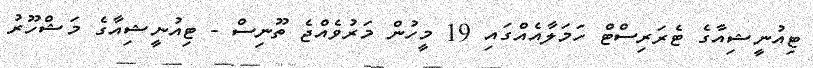
ޓިއުނީޝިއާގެ ޓެރަރިސްޓް ހަަމަލާއެއްގައި 19 މީހުން މަރުވެއްޖެ ތޫނިސް - ޓިއުނީޝިއާގެ މަޝްހޫރު